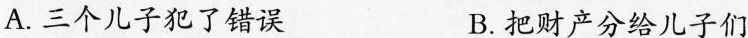
A.三个儿子犯了错误 B.把财产分给儿子们